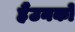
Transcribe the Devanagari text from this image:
हैंउनको